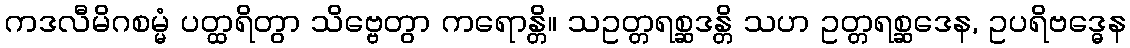
ကဒလီမိဂစမ္မံ ပတ္ထရိတွာ သိဗ္ဗေတွာ ကရောန္တိ။ သဥတ္တရစ္ဆဒန္တိ သဟ ဥတ္တရစ္ဆဒေန, ဥပရိဗဒ္ဓေန